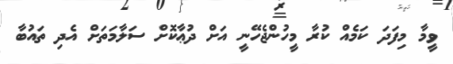
ވީމާ މިފަދަ ކަމެއް ކުރާ މީހުންޖެހޭނީ އަށް ދުޢާކޮށް ސަލާމަތަށް އެދި ތައުބާ